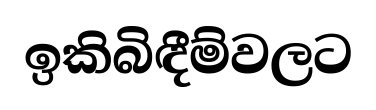
ඉකිබිඳීම්වලට